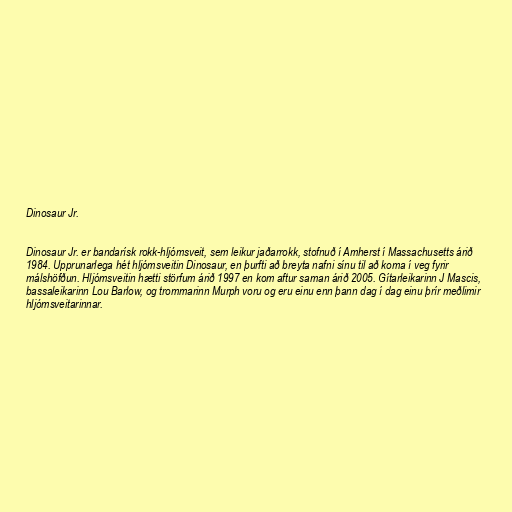
Dinosaur Jr.

Dinosaur Jr. er bandarísk rokk-hljómsveit, sem leikur jaðarrokk, stofnuð í Amherst í Massachusetts árið
1984. Upprunarlega hét hljómsveitin Dinosaur, en þurfti að breyta nafni sínu til að koma í veg fyrir
málshöfðun. Hljómsveitin hætti störfum árið 1997 en kom aftur saman árið 2005. Gítarleikarinn J Mascis,
bassaleikarinn Lou Barlow, og trommarinn Murph voru og eru einu enn þann dag í dag einu þrír meðlimir
hljómsveitarinnar.